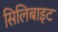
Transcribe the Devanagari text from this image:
सिलिबाइट